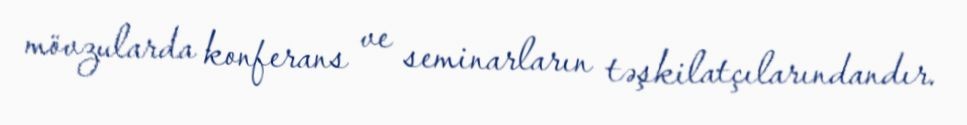
mövzularda konferans ve seminarların təşkilatçılarındandır.